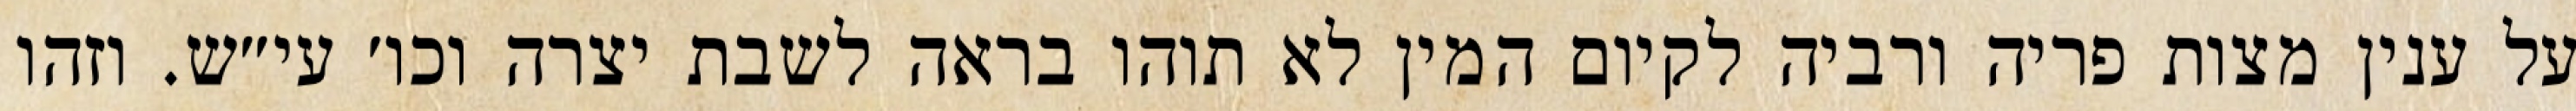
על ענין מצות פריה ורביה לקיום המין לא תוהו בראה לשבת יצרה וכו׳ עי״ש. וזהו